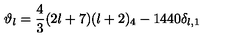
\vartheta _ { l } = \frac { 4 } { 3 } ( 2 l + 7 ) ( l + 2 ) _ { 4 } - 1 4 4 0 \delta _ { l , 1 }